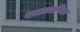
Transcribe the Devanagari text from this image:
वातातपिक